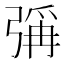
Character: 𪫁